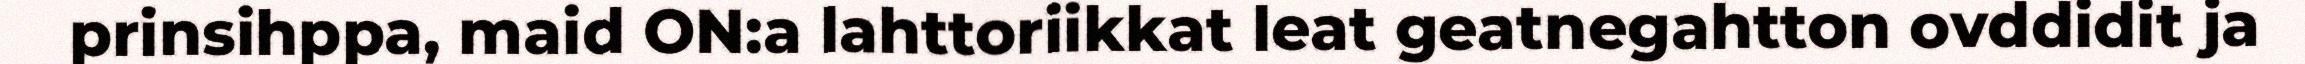
prinsihppa, maid ON:a lahttoriikkat leat geatnegahtton ovddidit ja